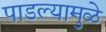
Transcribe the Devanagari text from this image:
पाडल्यामुळे